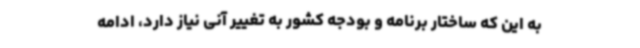
به این که ساختار برنامه و بودجه کشور به تغییر آنی نیاز دارد، ادامه